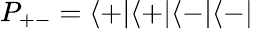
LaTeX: P_{+-}=\langle+|\langle+|\langle-|\langle-|